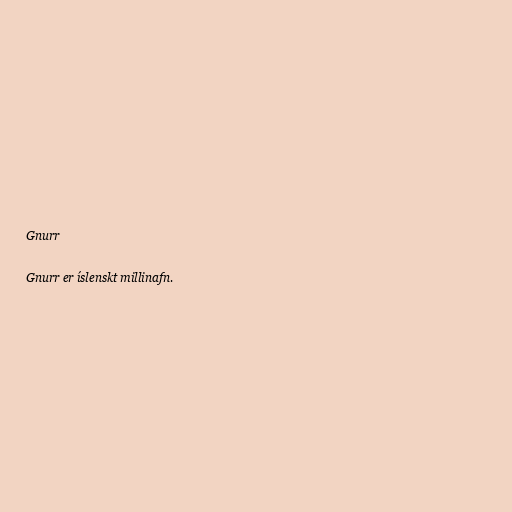
Gnurr

Gnurr er íslenskt millinafn.